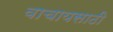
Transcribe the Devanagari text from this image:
वाचायसाठी